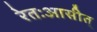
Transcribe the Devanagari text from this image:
रेतःआसीत्